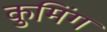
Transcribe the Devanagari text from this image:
कुमिंग